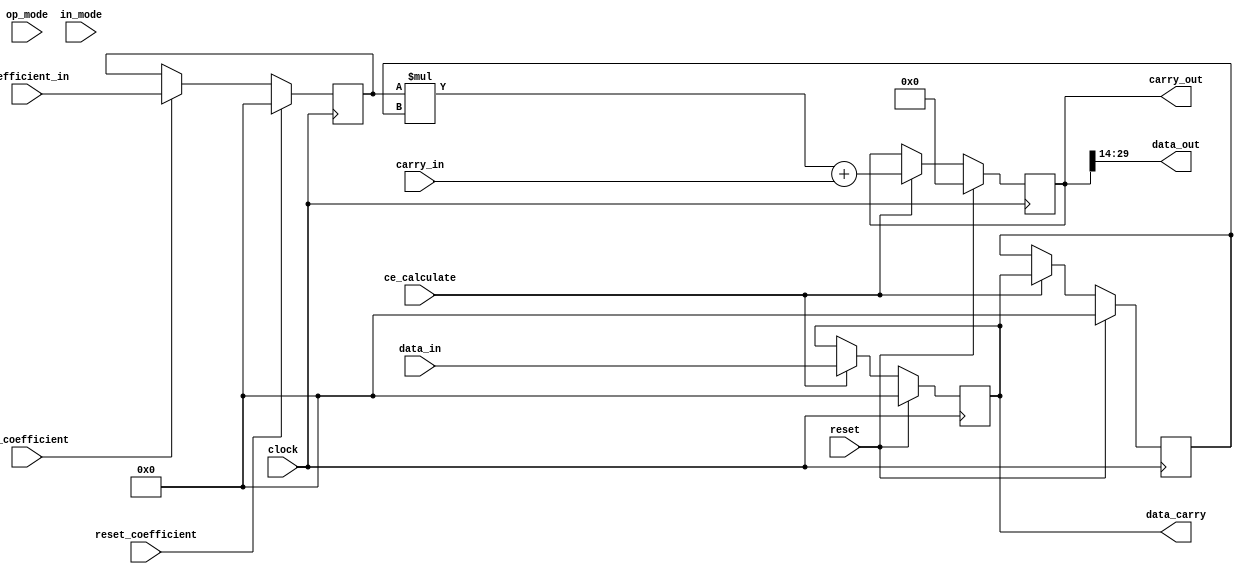
module multiply_accumulate_behavioural #
(
    // signal width definitions
    parameter integer DATA_WIDTH = 16,
    parameter integer COEFFICIENT_WIDTH = 16,
    parameter integer CARRY_WIDTH = 48,
    parameter integer OUTPUT_OFFSET = 0,

    // operation definitions
    parameter integer DATA_IN_NUMBER_REGS = 1,
    parameter integer COEFFICIENTS_NUMBER_REGS = 1,
    parameter integer USE_SILICON_CARRY = 1,
    parameter integer FIRST_IN_CHAIN = 0,
    parameter integer LAST_IN_CHAIN = 0,

    parameter integer CARRY_NUMBER_REGS = 1
)
(
    // global signals
    input wire                          clock,
    input wire                          reset,

    // data signals
    input wire [DATA_WIDTH-1:0]         data_in,
    input wire [COEFFICIENT_WIDTH-1:0]  coefficient_in,
    input wire [CARRY_WIDTH-1:0]        carry_in,
    output wire [CARRY_WIDTH-1:0]       carry_out,
    output wire [DATA_WIDTH-1:0]        data_carry,
    output wire [DATA_WIDTH-1:0]        data_out,

    // control signals
    input wire                          ce_calculate,
    input wire                          ce_coefficient,
    input wire                          reset_coefficient,
    input wire [6:0]                    op_mode,
    input wire [4:0]                    in_mode
);

    // register to store the coefficient
    reg [COEFFICIENT_WIDTH-1:0]     coefficient_register;

    // store the coefficient
    always @(posedge clock) begin
        if (reset_coefficient) begin
            coefficient_register <= 0;
        end
        else begin
            if (reset_coefficient) begin
                coefficient_register <= 0;
            end
            else if (ce_coefficient) begin
                coefficient_register <= coefficient_in;
            end
            else begin
                coefficient_register <= coefficient_register;
            end
        end
    end

    // register to store the data
    reg [DATA_WIDTH-1:0]        data_in_register[DATA_IN_NUMBER_REGS-1:0];
    wire [DATA_WIDTH-1:0]       data_in_internal;

    integer i_data;
    always @(posedge clock) begin
        if (reset) begin
            for (i_data = 0; i_data < DATA_IN_NUMBER_REGS; i_data=i_data+1) begin
                data_in_register[i_data] <= 0;
            end
        end
        else begin
            if (ce_calculate) begin
                data_in_register[0] <= data_in;
                for (i_data = 1; i_data < DATA_IN_NUMBER_REGS; i_data=i_data+1) begin
                    data_in_register[i_data] <= data_in_register[i_data-1];
                end
            end
        end
    end

    // tap off the end of the shift register delay line and use it internally and pass it outside
    assign data_in_internal = data_in_register[DATA_IN_NUMBER_REGS-1];
    assign data_carry = data_in_internal;


    // register internal value before MAC operation
    reg [DATA_WIDTH-1:0]       data_in_internal_delay;
    always @(posedge clock) begin
        if (reset) begin
            data_in_internal_delay <= 0;
        end
        else begin
            if (ce_calculate) begin
                data_in_internal_delay <= data_in_internal;
            end
        end
    end


    // perform the core multiply and accumalate operation
    reg [CARRY_WIDTH-1:0]    mac_value;
    always @(posedge clock) begin
        if (reset) begin
            mac_value <= 0;
        end
        else begin
            if (ce_calculate) begin
                mac_value <= $signed(coefficient_register) * $signed(data_in_internal_delay) + $signed(carry_in);
            end
        end
    end


    // output the trimmed and full precision outputs
    assign carry_out = mac_value;
    assign data_out = mac_value[2*DATA_WIDTH-2-1:DATA_WIDTH-2];


    // used to create the GTKwave dump file
    `ifdef COCOTB_SIM
            initial begin
            $dumpfile ("waveform.vcd");
            $dumpvars (0, multiply_accumulate_behavioural);
            #1;
        end
    `endif

endmodule